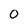
Character: 0